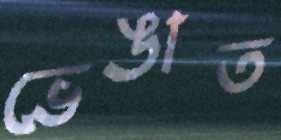
ভেঙাত